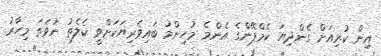
އިން ކުރިއަށް ގެންދިޔަ ކެމްޕޭންގެ އެންމެ މުހިންމު ބައިވެރިޔަކަށްވީ ކެލެތު ނުވަތަ މިހާރު